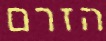
הזרם